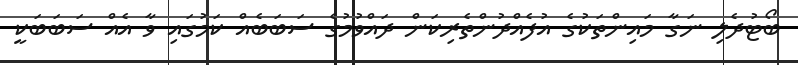
ބޯޓުދެލި ނަގާ މައިންތަކުގެ އުފެއްދުންތެރިކަން ދައްވުމުގެ ސަބަބެއް ކަމުގައި ވާ އެއް ސަބަބަކީ